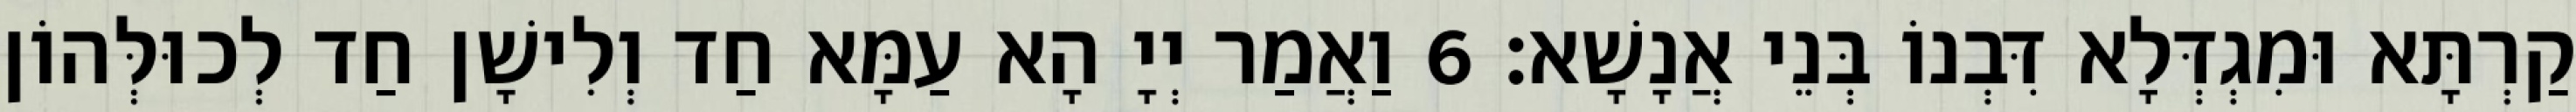
קַרְתָּא וּמִגְדְּלָא דִּבְנוֹ בְּנֵי אֲנָשָׁא׃ 6 וַאֲמַר יְיָ הָא עַמָּא חַד וְלִישָׁן חַד לְכוּלְּהוֹן